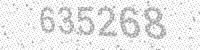
Solution: 635268